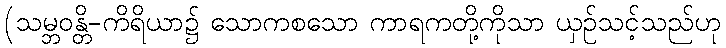
(သမ္ဘဝန္တိ-ကိရိယာ၌ သောကစသော ကာရကတို့ကိုသာ ယှဉ်သင့်သည်ဟု